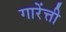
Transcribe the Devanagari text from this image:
गारेंत्ती